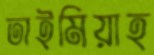
তাইমিয়াহ